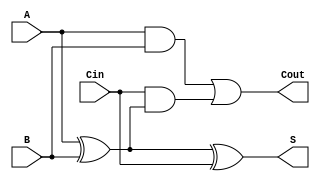
module low_power_full_adder (
    input wire A,      // First input bit
    input wire B,      // Second input bit
    input wire Cin,    // Carry input
    output wire S,     // Sum output
    output wire Cout    // Carry output
);

    // Internal wires for intermediate signals
    wire AxorB;        // Intermediate signal for A XOR B

    // XOR gates for Sum calculation
    assign AxorB = A ^ B; // A XOR B
    assign S = AxorB ^ Cin; // S = (A XOR B) XOR Cin

    // Carry-out calculation
    assign Cout = (A & B) | (Cin & AxorB); // Cout = (A AND B) OR (Cin AND (A XOR B))

endmodule